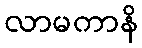
လာမကာနိ